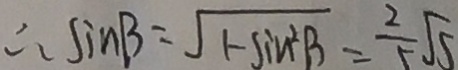
\therefore \sin B = \sqrt { 1 - \sin ^ { 2 } B } = \frac { 2 } { 5 } \sqrt { 5 }